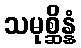
သမုစ္ဆိန္နံ